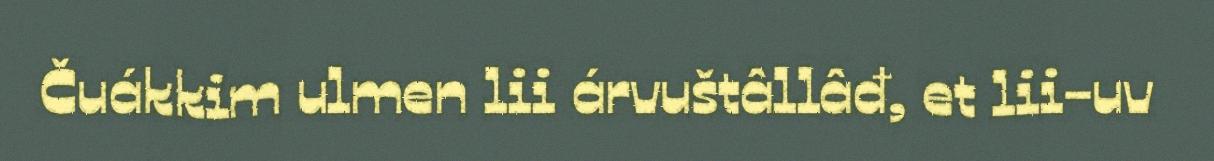
Čuákkim ulmen lii árvuštâllâđ, et lii-uv